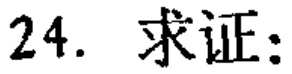
24. 求证: